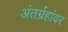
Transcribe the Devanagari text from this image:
अंतर्ग्रहांवर